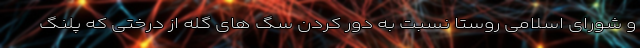
و شورای اسلامی روستا نسبت به دور کردن سگ های گله از درختی که پلنگ